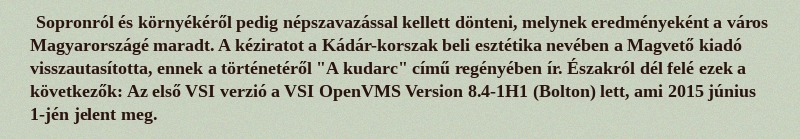
Sopronról és környékéről pedig népszavazással kellett dönteni, melynek eredményeként a város Magyarországé maradt. A kéziratot a Kádár-korszak beli esztétika nevében a Magvető kiadó visszautasította, ennek a történetéről "A kudarc" című regényében ír. Északról dél felé ezek a következők: Az első VSI verzió a VSI OpenVMS Version 8.4-1H1 (Bolton) lett, ami 2015 június 1-jén jelent meg.